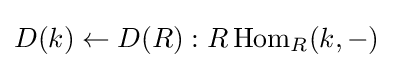
D(k)\gets D(R):R\operatorname {Hom} _{R}(k,-)